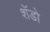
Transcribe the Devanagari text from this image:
शॅडो